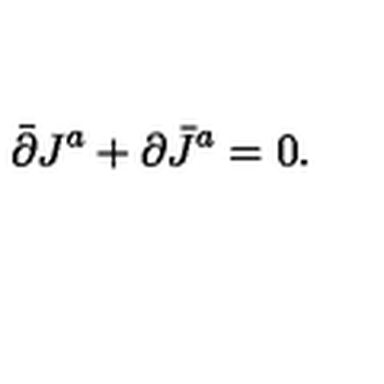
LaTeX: \bar { \partial } J ^ { a } + \partial \bar { J } ^ { a } = 0 .